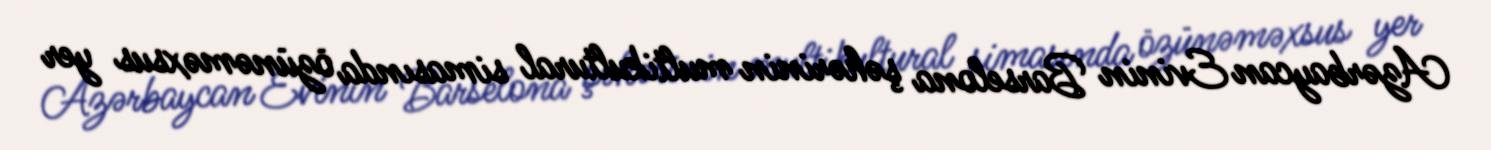
Azərbaycan Evinin Barselona şəhərinin multikultural simasında özünəməxsus yer